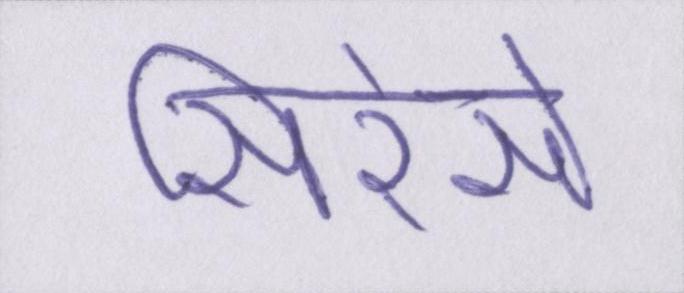
सिरेसे